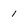
Character: 1